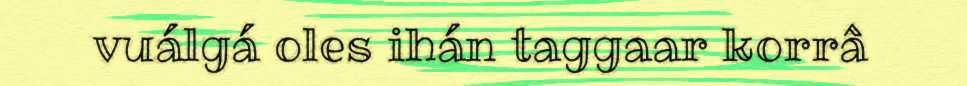
vuálgá oles ihán taggaar korrâ